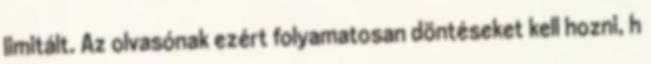
limitált. Az olvasónak ezért folyamatosan döntéseket kell hozni, h